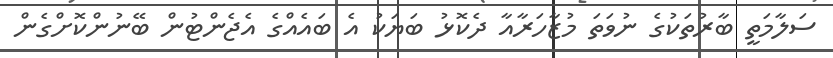
ސަލާމަތީ ބާރުތަކުގެ ނުވަތަ މުޒާހަރާއާ ދެކޮޅު ބަޔަކު އެ ބައެއްގެ އެޖެންޓުން ބޭނުންކޮށްގެން